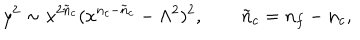
y ^ { 2 } \sim x ^ { 2 { \tilde { n } } _ { c } } ( x ^ { n _ { c } - { \tilde { n } } _ { c } } - \Lambda ^ { 2 } ) ^ { 2 } , \qquad { \tilde { n } } _ { c } = n _ { f } - n _ { c } ,